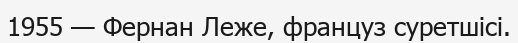
1955 — Фернан Леже, француз суретшісі.